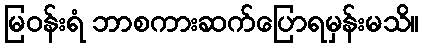
မြဝန်းရံ ဘာစကားဆက်ပြောရမှန်းမသိ။